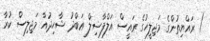
) ރައްޔިތުންގެ މަޖިލީހުގެ ރައީސް އަލްފާޟިލް ޢަބްދު ޝާހިދުއާ މަޖިލިސް ކުރާ